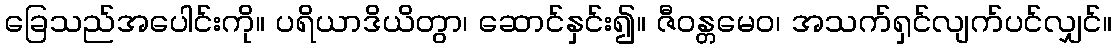
ခြေသည်အပေါင်းကို။ ပရိယာဒိယိတွာ၊ ဆောင်နှင်း၍။ ဇီဝန္တမေဝ၊ အသက်ရှင်လျက်ပင်လျှင်။